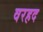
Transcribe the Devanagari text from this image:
वरहद